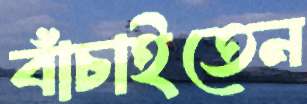
বাঁচাইতেন